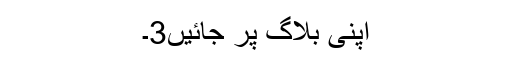
اپنی بلاگ پر جائیں3۔